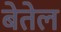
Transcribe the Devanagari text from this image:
बेतेल